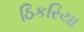
ઠિકરિયા